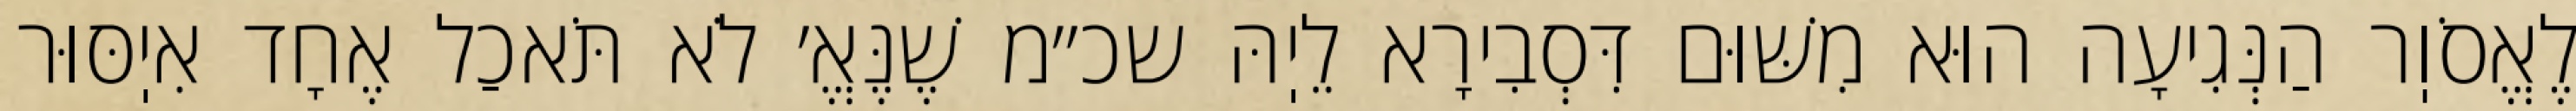
לֶאֱסֹוֽר הַנְּגִיעָה הוּא מִשּׁוּם דִּסְבִירָא לֵיֽהּ שכ״מ שֶׁנֶּאֱ׳ לֹא תֹּאכַל אֶחָד אִיֽסּוּר